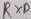
Text: RXD